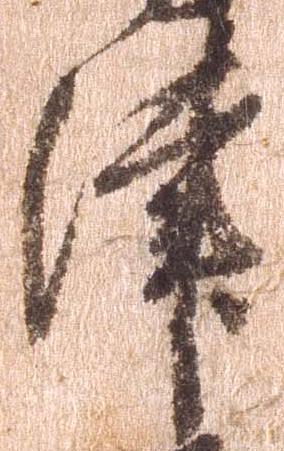
津